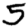
Digit: 5